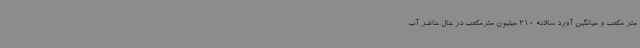
متر مکعب و میانگین آورد سالانه 210 میلیون مترمکعب در حال حاضر آب